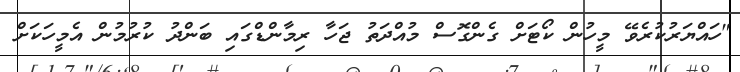
"ހައްޔަރުކުރެވޭ މީހުން ކޯޓަށް ގެންގޮސް މުއްދަތު ޖަހާ ރިމާންޑްގައި ބަންދު ކުރުމުން އެމީހަކަށް